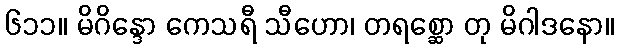
၆၁၁။ မိဂိန္ဒော ကေသရီ သီဟော၊ တရစ္ဆော တု မိဂါဒနော။